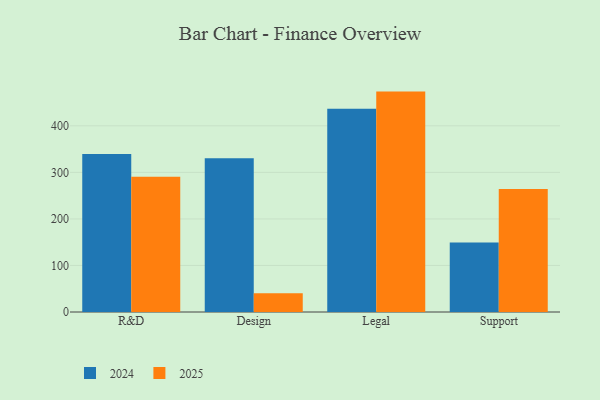
{"axis": {"x": "Department", "y": "Temperature (°C)"}, "legend": ["2024", "2025"], "data": [{"x": "R&D", "y": 290.8, "type": "2025"}, {"x": "R&D", "y": 339.6, "type": "2024"}, {"x": "Design", "y": 40.1, "type": "2025"}, {"x": "Design", "y": 330.3, "type": "2024"}, {"x": "Legal", "y": 473.6, "type": "2025"}, {"x": "Legal", "y": 436.7, "type": "2024"}, {"x": "Support", "y": 264.4, "type": "2025"}, {"x": "Support", "y": 149.1, "type": "2024"}]}